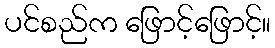
ပင်စည်က ဖြောင့်ဖြောင့်။